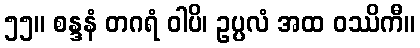
၅၅။ စန္ဒနံ တဂရံ ဝါပိ၊ ဥပ္ပလံ အထ ဝဿိကီ။